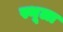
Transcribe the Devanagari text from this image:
स्थूला